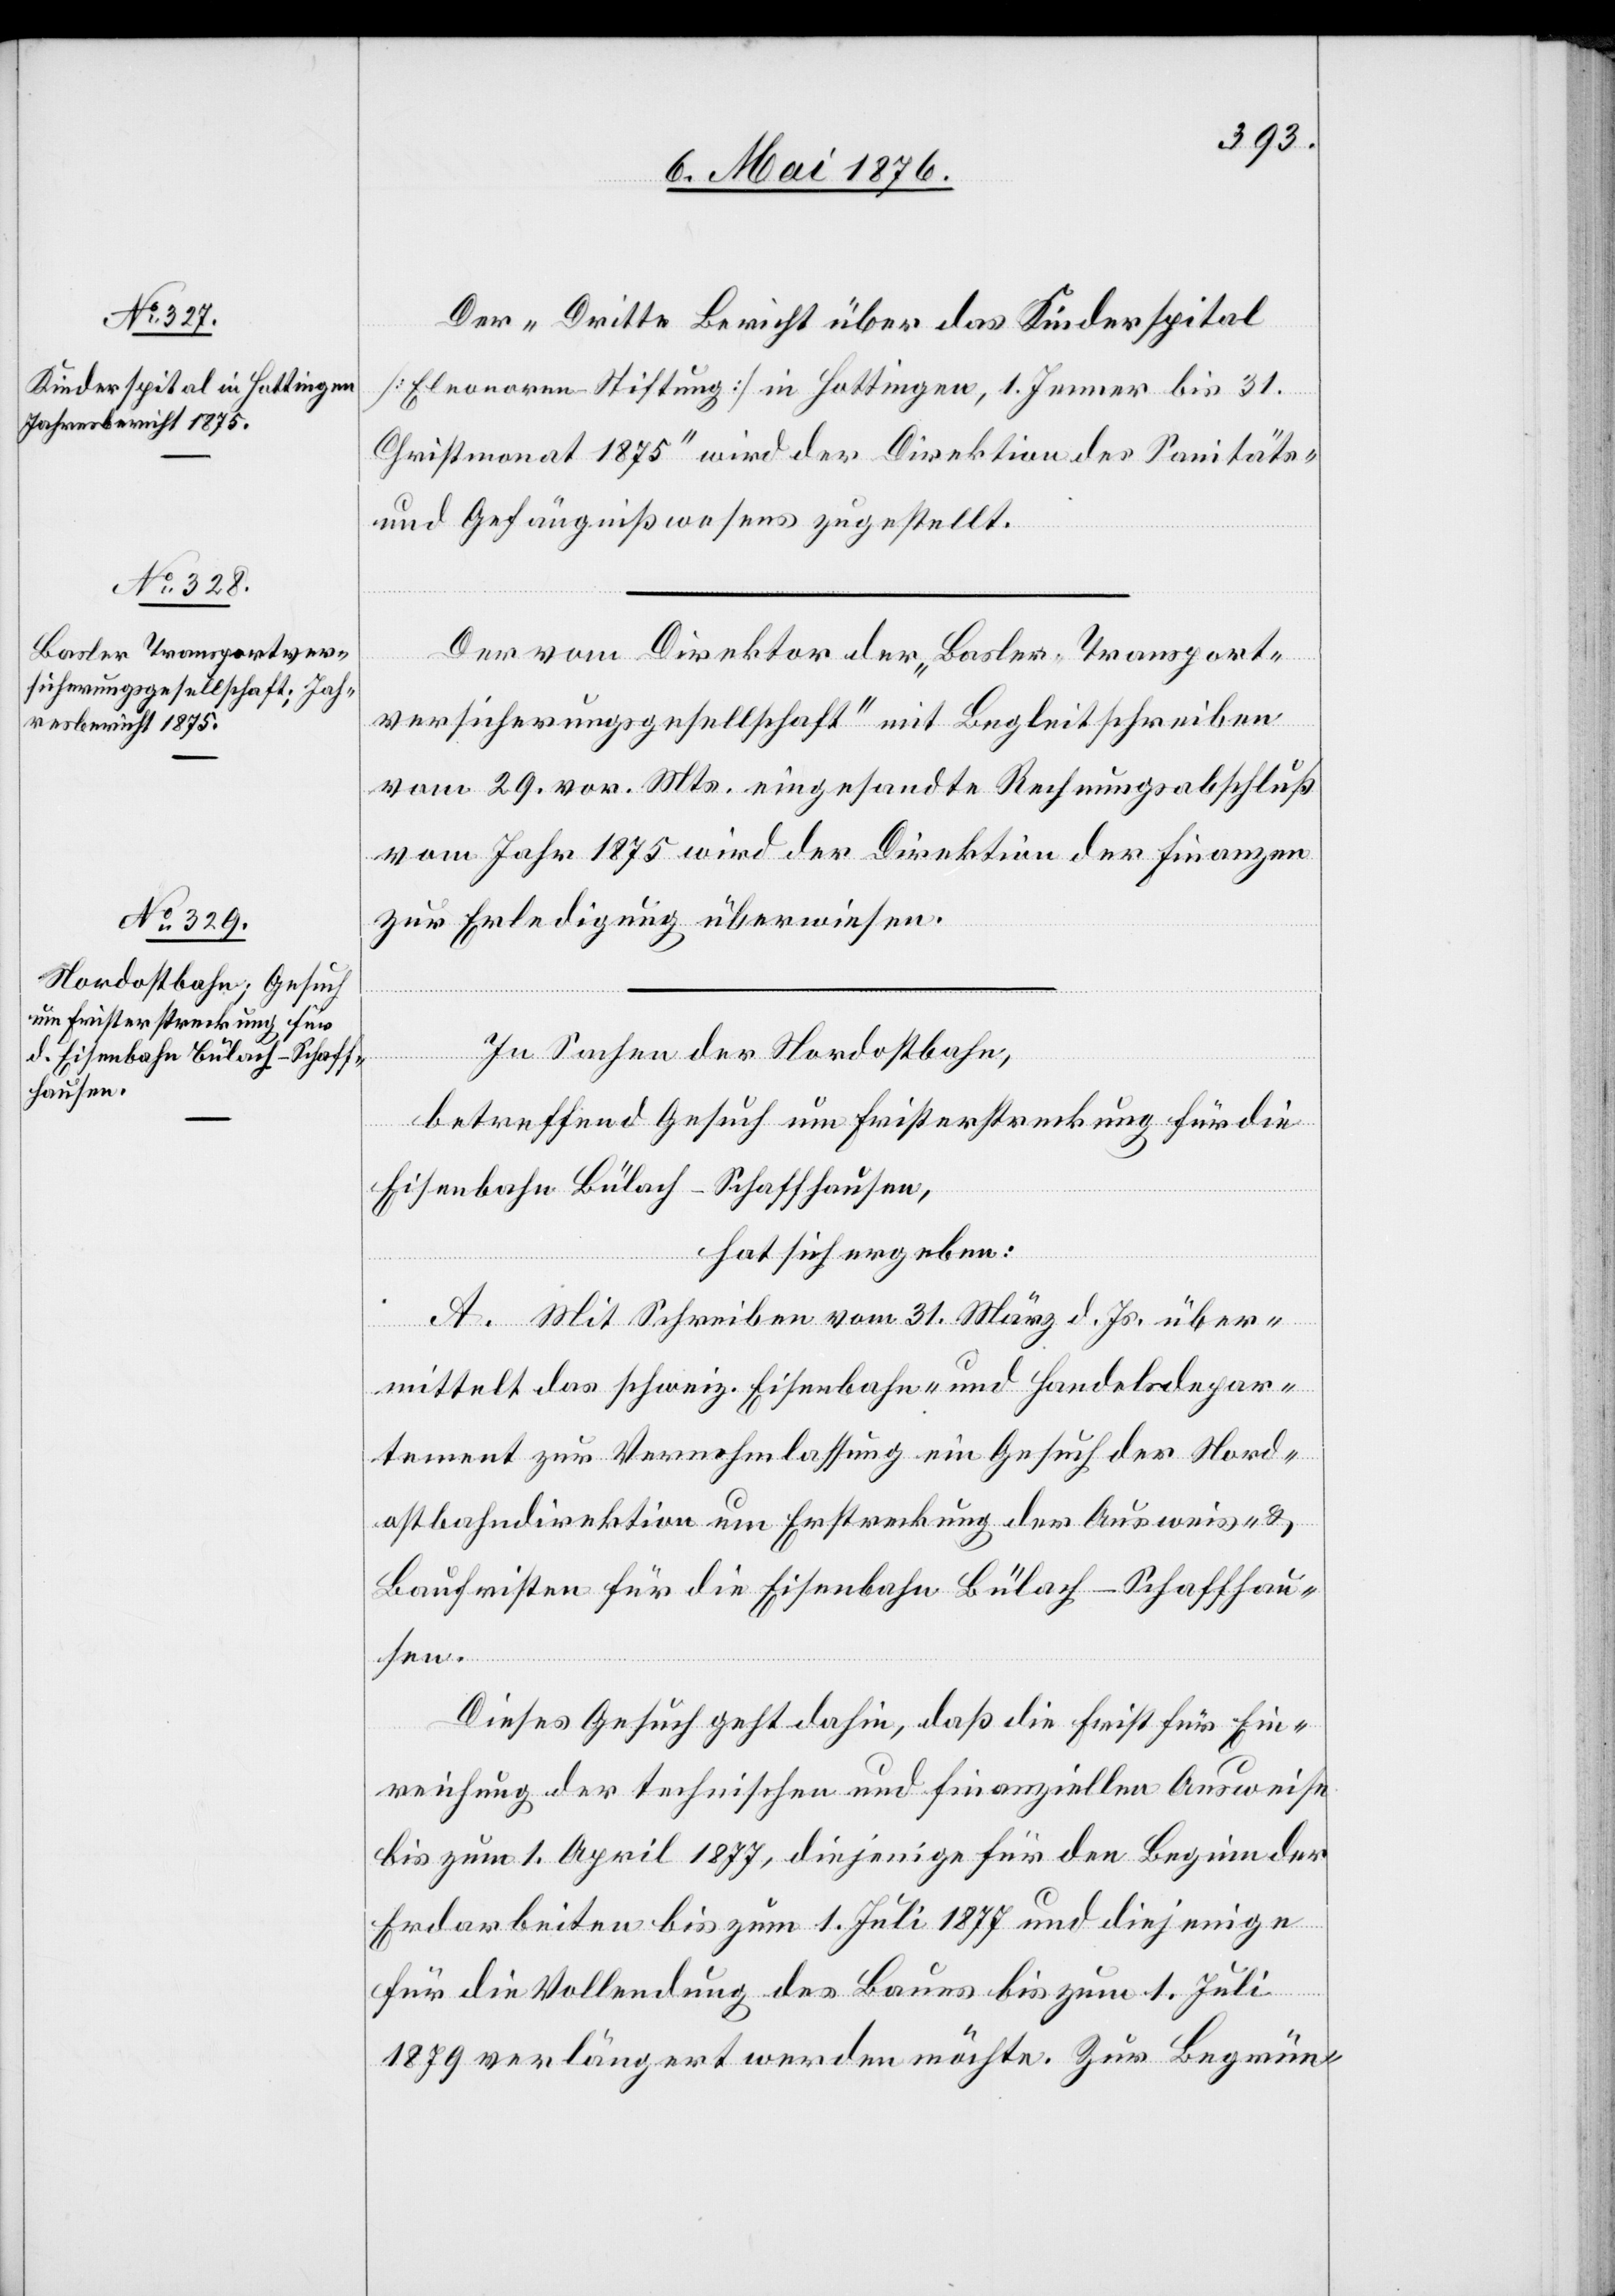
Der „Dritte Bericht über das Kinderspital
[Eleonore Stiftung] in Hottingen, 1. Jenner bis 31.
Christmonat 1875“ wird der Direktion des Sanitäts-
und Gefängnißwesens zugestellt.
Der vom Direktor der „Basler Transport¬
versicherungsgesellschaft“ mit Begleitschreiben
vom 29. vor. Mts. eingesandte Rechnungsabschluß
vom Jahr 1875 wird der Direktion der Finanzen
zur Erledigung überwiesen.
In Sachen der Nordostbahn,
betreffend Gesuch um Fristerstreckung für die
Eisenbahn Bülach–Schaffhausen,
hat sich ergeben:
A. Mit Schreiben vom 31. März d. Js. über¬
mittelt das schweiz. Eisenbahn- und Handelsdepar¬
tement zur Vernehmlassung ein Gesuch der Nord¬
ostbahndirektion um Erstreckung der Ausweis- &
Baufristen für die Eisenbahn Bülach–Schaffhau¬
sen.
Dieses Gesuch geht dahin, daß die Frist für Ein¬
reichung der technischen und finanziellen Ausweise
bis zum 1. April 1877, diejenige für den Beginn der
Erdarbeiten bis zum 1. Juli 1877 und diejenige
für die Vollendung des Baues bis zum 1. Juli
1879 verlängert werden möchte. Zur Begrün-